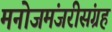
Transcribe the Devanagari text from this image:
मनोजमंजरीसंग्रह